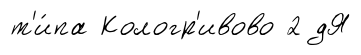
т'и́па Кологр'ивово 2 дЯ